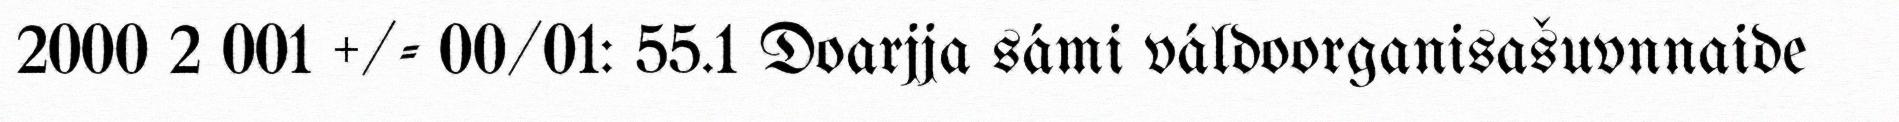
2000 2 001 +/- 00/01: 55.1 Doarjja sámi váldoorganisašuvnnaide